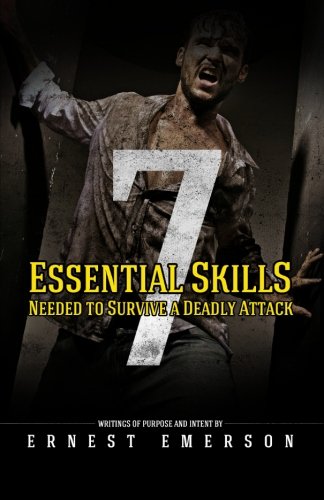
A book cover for The Seven Essential Skills Needed To Survive A Deadly Attack: In The Game Of Life And Death Winning Isn't Everything It's The Only Thing; Ernest Emerson; Sports & Outdoors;